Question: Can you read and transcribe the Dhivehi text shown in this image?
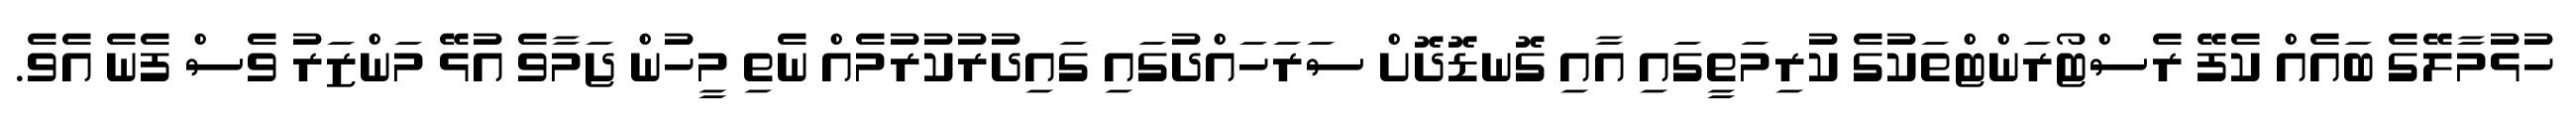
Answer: ހުޅުމާލޭގެ ބައެއް ކެފޭ ރެސްޓޯރަންޓްތަކުގެ ކުރިމަތީގައި އާއި ގޮނޑޮދޮށް ސަރަހައްދުގައި ގައިދުރުކުރުމެއް ނެތި މީހުން ޖަމާވެ އުޅޭ މަންޒަރު ވެސް ފެނެ އެވެ.